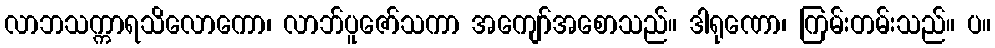
လာဘသက္ကာရသိလောကော၊ လာဘ်ပူဇော်သကာ အကျော်အစောသည်။ ဒါရုဏော၊ ကြမ်းတမ်းသည်။ ပ။